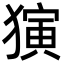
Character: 𬍅